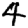
Digit: 4